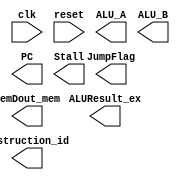
`timescale 1ns / 1ps
//////////////////////////////////////////////////////////////////////////////////
// Company: zju
//////////////////////////////////////////////////////////////////////////////////
module Risc5CPU(clk, reset, JumpFlag, Instruction_id, ALU_A, 
                     ALU_B, ALUResult_ex, PC, MemDout_mem,Stall);
    input clk;
    input reset;
    output[1:0] JumpFlag;
    output [31:0] Instruction_id;
    output [31:0] ALU_A;
    output [31:0] ALU_B;
    output [31:0] ALUResult_ex;
    output [31:0] PC;
    output [31:0] MemDout_mem;
    output Stall;


endmodule